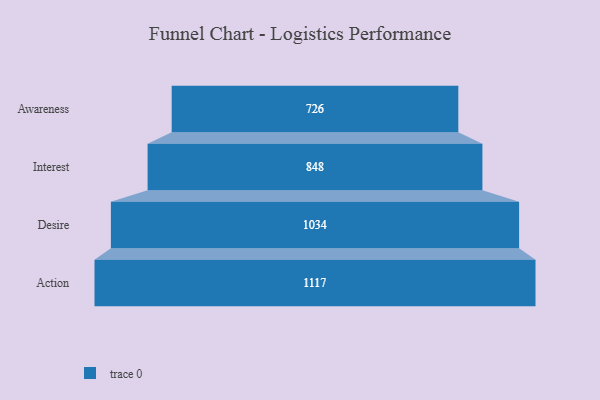
{"axis": {"x": "Stage", "y": "Value"}, "legend": [""], "data": [{"x": "Awareness", "y": 726.0, "type": ""}, {"x": "Interest", "y": 848.0, "type": ""}, {"x": "Desire", "y": 1034.0, "type": ""}, {"x": "Action", "y": 1117.0, "type": ""}]}